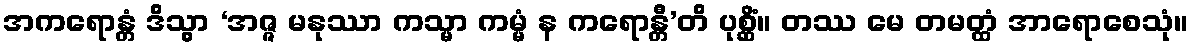
အကရောန္တံ ဒိသွာ ‘အဇ္ဇ မနုဿာ ကသ္မာ ကမ္မံ န ကရောန္တီ’တိ ပုစ္ဆိံ။ တဿ မေ တမတ္ထံ အာရောစေသုံ။